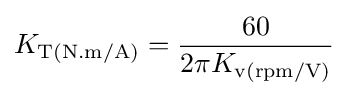
K_{\text{T(N.m/A)}}={\frac {60}{2\pi K_{\text{v(rpm/V)}}}}